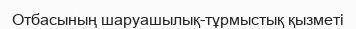
Отбасының шаруашылық-тұрмыстық қызметі